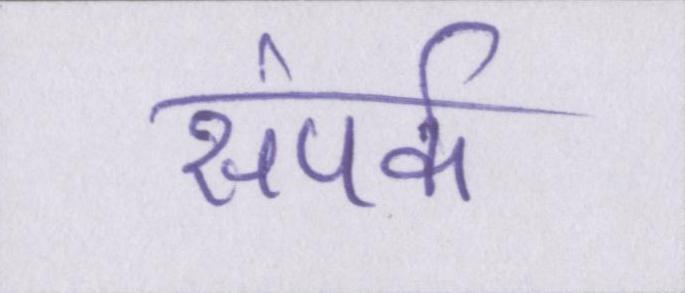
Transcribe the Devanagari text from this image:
संपर्क